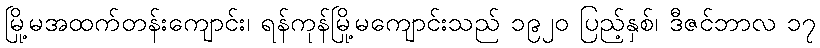
မြို့မအထက်တန်းကျောင်း၊ ရန်ကုန်မြို့မကျောင်းသည် ၁၉၂၀ ပြည့်နှစ်၊ ဒီဇင်ဘာလ ၁၇